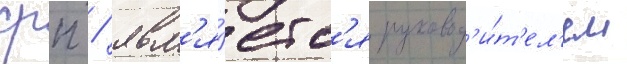
срп / явл'я́етс'я руковод'и́т'ел'ем